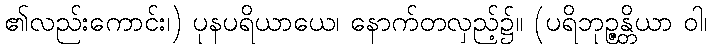
၏လည်းကောင်း၊) ပုနပရိယာယေ၊ နောက်တလှည့်၌။ (ပရိဘုဉ္ဇန္တိယာ ဝါ၊